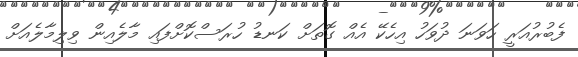
ފެބުރުއަރީ ހަވަނަ ދުވަހު އިހެކޭ އެއް ގޮތަށް ކަނޑު ހުރަސްކޮށްފައި މާލެއިން ވިލިމާލެއަށް